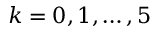
k = 0 , 1 , \ldots , 5